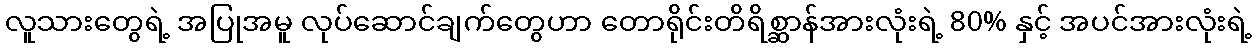
လူသားတွေရဲ့ အပြုအမူ လုပ်ဆောင်ချက်တွေဟာ တောရိုင်းတိရိစ္ဆာန်အားလုံးရဲ့ 80% နှင့် အပင်အားလုံးရဲ့